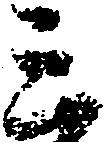
三